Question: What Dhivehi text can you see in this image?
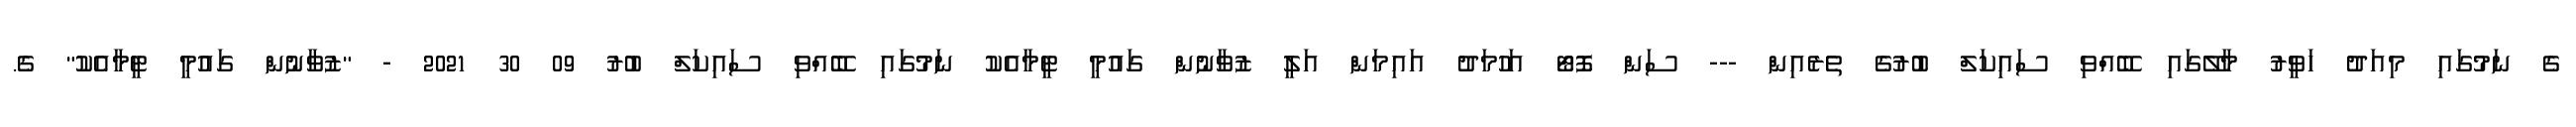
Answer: ގެ ނަމުގައި މިއަދު ހަވީރު މާލޭގައި ބޭއްވި ސައިކަލް ބުރުގެ ތެރެއިން --- ސަން ފޮޓޯ އަހުމަދު އައިމަން އަލީ ޒުވާނުން ގައުމީ ޓީމާއެކު ނަމުގައި ބޭއްވި ސައިކަލް ބުރު 09 30 2021 - "ޒުވާނުން ގައުމީ ޓީމާއެކު" ގެ.